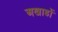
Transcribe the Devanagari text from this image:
अखाडों